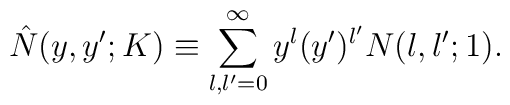
\hat{N}(y,y';K)\equiv \sum_{l,l'=0}^\infty y^l(y')^{l'}N(l,l';1).